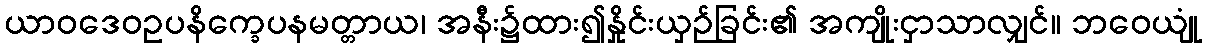
ယာဝဒေဝဥပနိက္ခေပနမတ္တာယ၊ အနီး၌ထား၍နှိုင်းယှဉ်ခြင်း၏ အကျိုးငှာသာလျှင်။ ဘဝေယျုံ